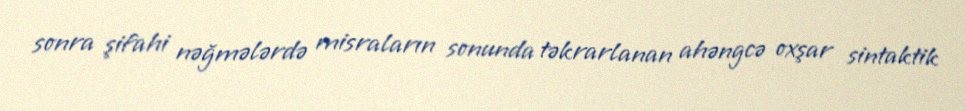
sonra şifahi nəğmələrdə misraların sonunda təkrarlanan ahəngcə oxşar sintaktik